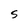
Character: S